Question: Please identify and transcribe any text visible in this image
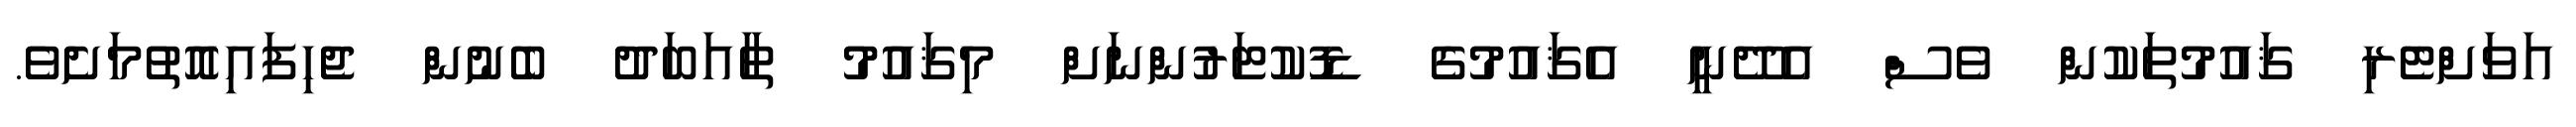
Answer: އަވަށްޓެރި ޤައުމުތަކުން ވެސް އެދޭނީ އެޤައުމުގެ ޑޮކުޓަރުންނަށް މިޤައުމު ތާއަބަދު ބެނުން ޖެހިފައިއޮތުމަށެވެ.